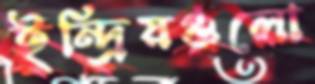
ইন্দ্রিয়গুলো